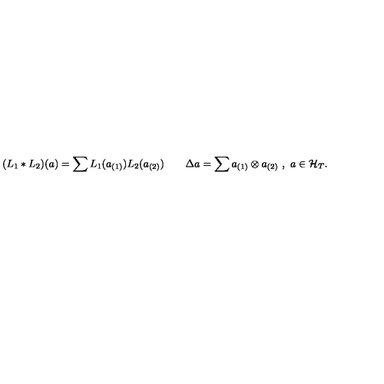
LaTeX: ( L _ { 1 } * L _ { 2 } ) ( a ) = \sum L _ { 1 } ( a _ { ( 1 ) } ) L _ { 2 } ( a _ { ( 2 ) } ) \qquad \Delta a = \sum a _ { ( 1 ) } \otimes a _ { ( 2 ) } \ , \ a \in { \cal H } _ { T } .